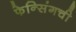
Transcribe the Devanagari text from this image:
फेन्सिंगची